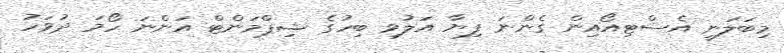
މިބަލަނީ އެސްޓިއޯއިން ގެންނަ ފިޔާ އަލުވި ބިހުގެ ޝިޕްމަންޓް އަންނަ ހޯމަ ދުވަހު